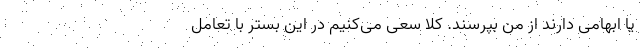
یا ابهامی دارند از من بپرسند. کلا سعی می‌کنیم در این بستر با تعامل